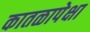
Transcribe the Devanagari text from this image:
कातळापेक्षा